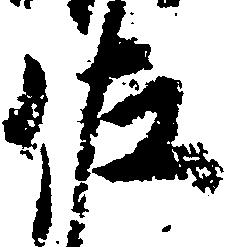
佐